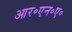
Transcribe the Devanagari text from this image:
आर॰एन॰ए॰